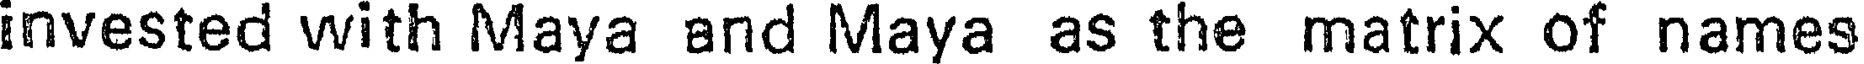
invested with Maya and Maya as the matrix of names